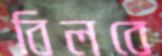
বিলবে